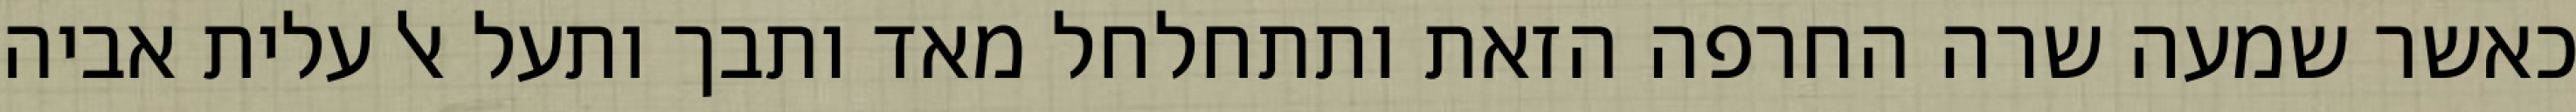
כאשר שמעה שרה החרפה הזאת ותתחלחל מאד ותבך ותעל אל עלית אביה